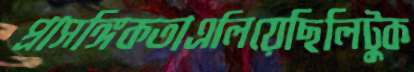
প্রাসঙ্গিকতাএলিয়েছিলিটুক